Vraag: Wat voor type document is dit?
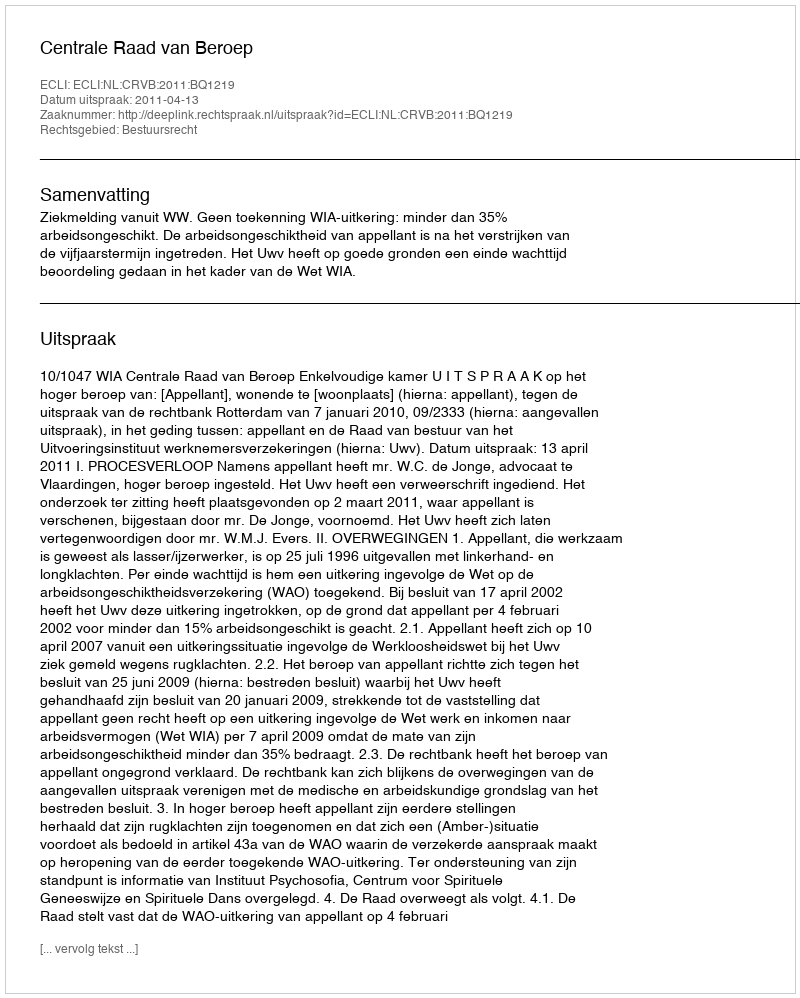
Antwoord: Uitspraak